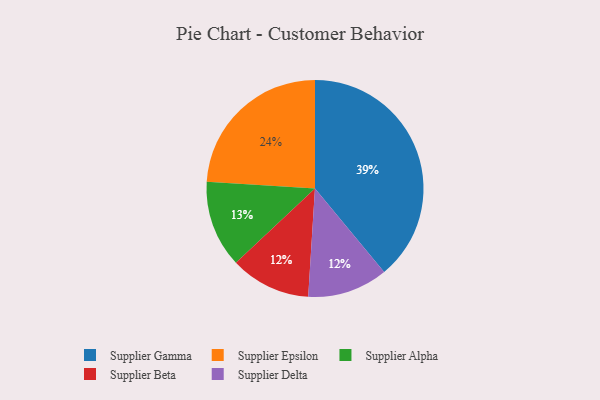
{"axis": {"x": "Category", "y": "Percentage"}, "legend": ["Supplier Alpha", "Supplier Beta", "Supplier Delta", "Supplier Epsilon", "Supplier Gamma"], "data": [{"x": "Supplier Gamma", "y": 39, "type": "Supplier Gamma"}, {"x": "Supplier Beta", "y": 12, "type": "Supplier Beta"}, {"x": "Supplier Epsilon", "y": 24, "type": "Supplier Epsilon"}, {"x": "Supplier Delta", "y": 12, "type": "Supplier Delta"}, {"x": "Supplier Alpha", "y": 13, "type": "Supplier Alpha"}]}